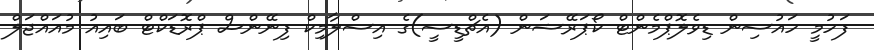
ފަހުމީ ހައުސިން ޑިވެލޮޕްމެންޓް ކޯޕަރޭޝަން (އެޗްޑީސީ)ގެ އިސްލާމިކް ފިނޭންސް ޕްރޮޑަކްޓް ބައިއު މުއައްޖަލް